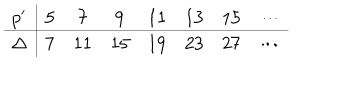
LaTeX: \begin{array} { c | c c c c c c c c } { { p ^ { \prime } } } & { { 5 } } & { { 7 } } & { { 9 } } & { { 1 1 } } & { { 1 3 } } & { { 1 5 } } & { { \cdots } } \\ \hline { { \Delta } } & { { 7 } } & { { 1 1 } } & { { 1 5 } } & { { 1 9 } } & { { 2 3 } } & { { 2 7 } } & { { \cdots } } \\ \end{array}